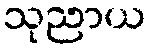
သုညာယ